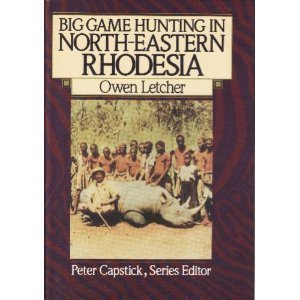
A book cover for Big Game Hunting in North-Eastern Rhodesia (The Peter Capstick Library); Owen Letcher; Travel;